Report of the Municipal Commissioner on the plague in Bombay for the year ending 31st May... - Volume 1
Disease focus: Plague
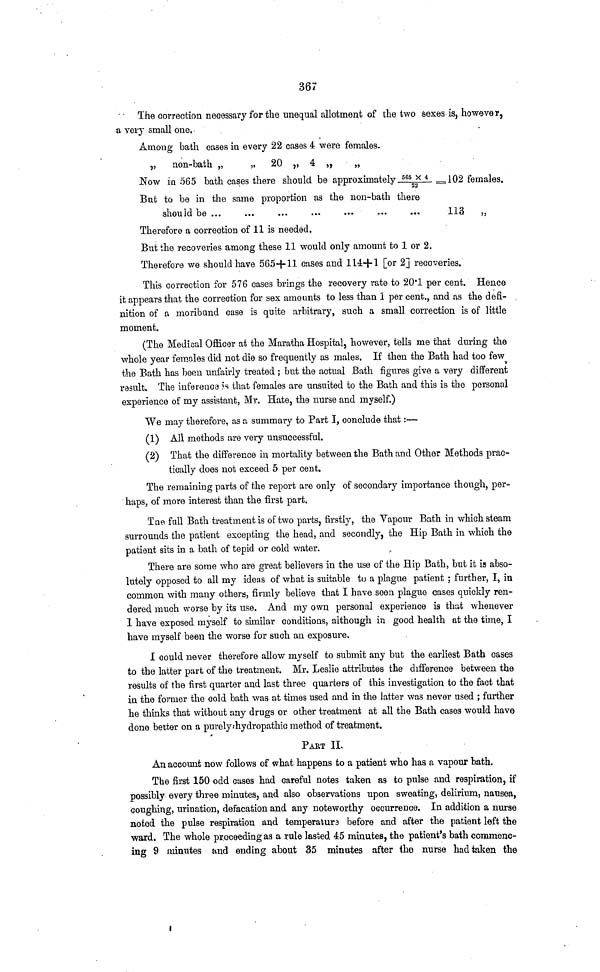
367
The correction necessary for the unequal allotment of the two sexes is, however,
a TGI*}* small one.
Among bath cases in every 22 cases 4 were females.
„
non-bath „
„ 20 ,, 4 „
„
Now in 065 bath cases there should be approximately 565
2
X 4 —102 females.
But to be in the same proportion as the non-bath there
should be
113
„
Therefore a correction of 11 is needed.
But the recoveries among these 11 would only amount to 1 or 2.
Therefore we should have 565+11 cases and 114+1 [or 2] recoveries.
This correction for 576 cases brings the recovery rate to 20'1 per cent. Hence
it appears that the correction for sex amounts to less than 1 per cent., and as the defi-
nition of a moribund case is quite arbitrary, such a small correction is of little
moment.
(The Medical Officer at the Maratha Hospital, however, tells me that during the
whole year females did not die so frequently as males. If then the Bath had too few
the Bath has been unfairly treated ; but the actual Bath figures give a very different
result. The inference ?s that females are unsuited to the Bath and this is the personal
experience of my assistant, Mr. Hate, the nurse and myself.)
We may therefore, as a summary to Part I, conclude that:—
(1) All methods are very unsuccessful.
(2) That the difference in mortality between the Bath and Other Methods prac-
tically does not exceed 5 per cent.
The remaining parts of the report are only of secondary importance though, per-
haps, of more interest than the first part.
Tne full Bath treatment is of two parts, firstly, the Vapour Bath in which steam
surrounds the patient excepting the head, and secondly, the Hip Bath in which the
patient sits in a bath of tepid or cold water.
There are some who are great believers in the use of the Hip Bath, but it is abso-
lutely opposed to all my ideas of what is suitable to a plague patient ; further, I, in
common with many others, firmly believe that I have seen plague cases quickly ren-
dered much worse by its use. And my own personal experience is that whenever
1 have exposed myself to similar conditions, although in good health at the time, I
have myself been the worse for such an exposure.
1 could never therefore allow myself to submit any but the earliest Bath cases
to the latter part of the treatment. Mr. Leslie attributes the difference between the
results of the first quarter and last three quarters of this investigation to the fact that
in the former the cold bath was at times used and in the latter was never used ; further
he thinks that without any drugs or other treatment at all the Bath cases would have
done better on a purely?hydropathic method of treatment.
PABT IL
An account now follows of what happens to a patient who has a vapour bath.
The first 150 odd cases had careful notes taken as to pulse and respiration, if
possibly every three minutes, and also observations upon sweating, delirium, nausea,
coughing, urination, defacation and any noteworthy occurrence. In addition a nurse
noted the pulse respiration and temperatur3 before and after the patient left the
ward. The whole proceeding as a rule lasted 45 minutes, the patient's bath commenc-
ing 9 minutes and ending about 35 minutes after the nurse had taken the